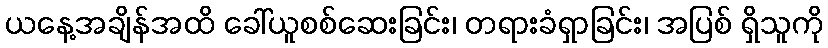
ယနေ့အချိန်အထိ ခေါ်ယူစစ်ဆေးခြင်း၊ တရားခံရှာခြင်း၊ အပြစ် ရှိသူကို